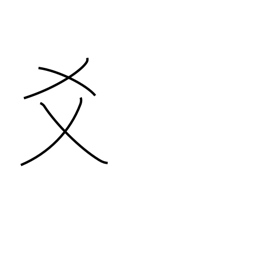
Meaning: to mix with